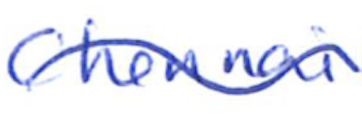
Text: Chennai
Cross-out: mix
Writing tool: ballpoint